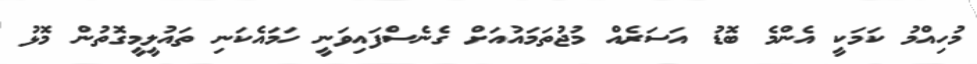
މުހިއްމު ކަމަކީ އެންމެ ބޮޑު އަސަރެއް މުޖުތަމައުއަށް ގެނެސްފައިވަނީ ހަމައެކަނި ތައުލީމީގޮތުން މޮޅު